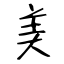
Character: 美